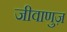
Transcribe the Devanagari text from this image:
जीवाणुज़